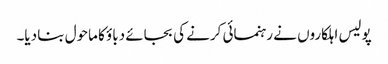
پولیس اہلکاروں نے رہنمائی کرنے کی بجائے دباؤ کا ماحول بنا دیا۔